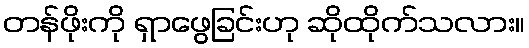
တန်ဖိုးကို ရှာဖွေခြင်းဟု ဆိုထိုက်သလား။